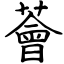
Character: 薈